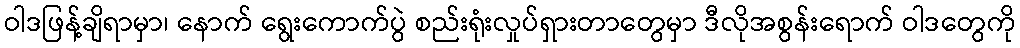
ဝါဒဖြန့်ချိရာမှာ၊ နောက် ရွေးကောက်ပွဲ စည်းရုံးလှုပ်ရှားတာတွေမှာ ဒီလိုအစွန်းရောက် ဝါဒတွေကို